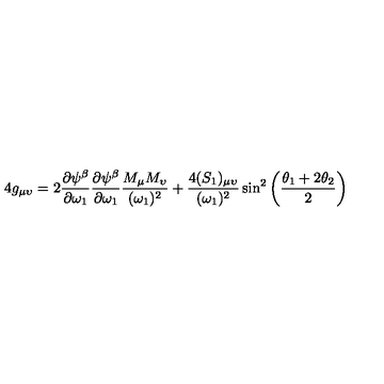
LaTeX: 4 g _ { \mu \upsilon } = 2 { \frac { \partial \psi ^ { \beta } } { \partial \omega _ { 1 } } } { \frac { \partial \psi ^ { \beta } } { \partial \omega _ { 1 } } } { \frac { M _ { \mu } M _ { \upsilon } } { ( \omega _ { 1 } ) ^ { 2 } } } + { \frac { 4 ( S _ { 1 } ) _ { \mu \upsilon } } { ( \omega _ { 1 } ) ^ { 2 } } } \sin ^ { 2 } \left( { \frac { \theta _ { 1 } + 2 \theta _ { 2 } } { 2 } } \right)